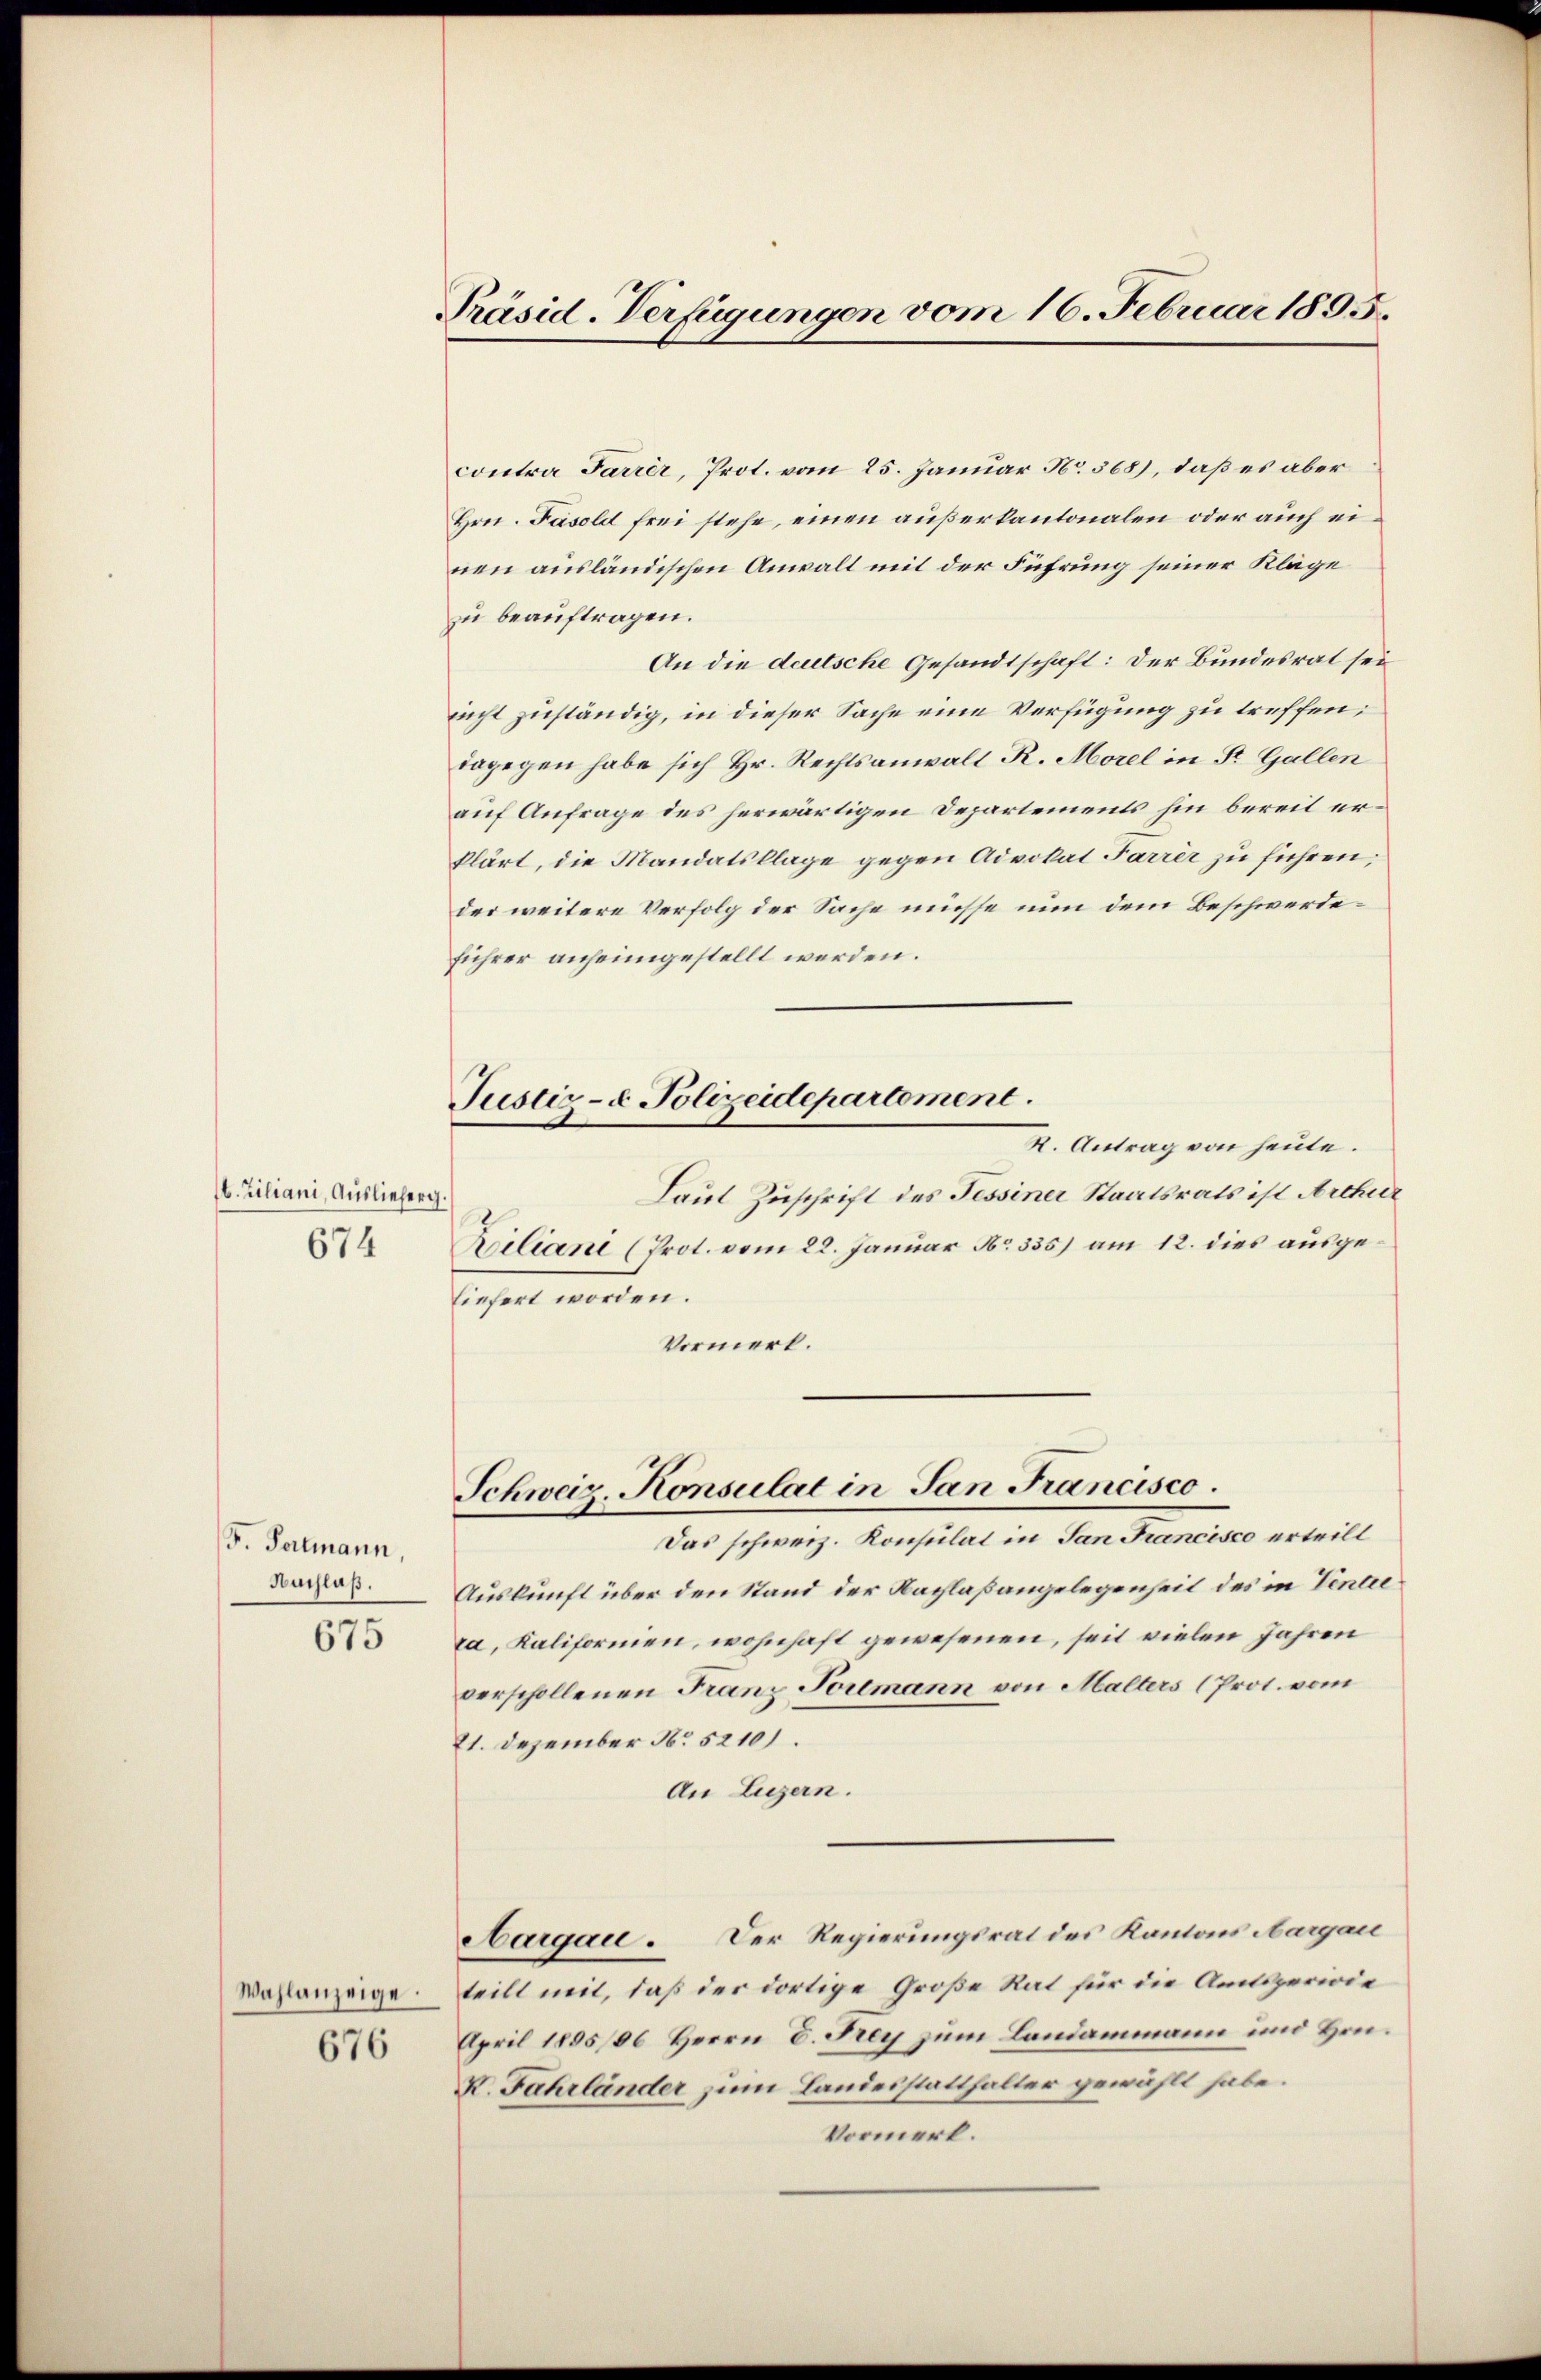
b. Ziliani, Auslieferg
674

F. Portmann,
Nachlaß.
675

Wahlanzeige.

676

Präsid. Verfügungen vom 16. Februar 1895.

contra Parrer, Prot. vom 25. Januar No. 568), daß es aber
Hrn. Fasold frei stehe, einen außerkantonalen oder auch einen ausländischen Anwalt mit der Führung seiner Kläge
zu beauftragen.
An die deutsche Gesandtschaft: Der Bundesrat sei
nicht zuständig, in dieser Sache eine Verfügung zu treffen;
dagegen habe sich Hr. Rechtsanwalt R. Morel in St. Gallen
auf Anfrage des herwärtigen Departements hin bereit erklärt, die Mandatsklage gegen Advokat Parrer zu führen,
der weitere Verfolg der Sache müsse nun dem Beschwerdeführer anheimgestellt werden.
K. Antrag von heute.
Laut Zuschrift des Tessiner Staatsrats ist Arthur
Biliane (Prot. vom 22. Januar No. 335) am 12. dies ausgeliefert worden.
Vormerk.
Schweiz Konsulat in San Francisco
Das schweiz. Konsulat in San Francisco ertrill
Auskunft über den Stand der Nachlaßangelegenheit des in Tinter
ra, Kaliformen, wohnhaft gewesenen, seit vielen Jahren
verschollenen Franz Poilmann von Malters (Prot. vom
21. Dezember No 52101.
An Luzern.
Aargau. Der Regierungsrat des Kantons Aargau
teilt mit, daß der dortige Große Rat für die Amtsperwie
April 1885/86 Herrn C. Frey zum Landammann und Hrn.
K. Fahrländer zum Landesstatthalter gewählt habe.
Vormerk.

Justiz- & Polizeidepartement.